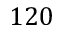
1 2 0